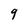
Character: 9